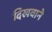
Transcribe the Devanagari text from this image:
दिखवाने